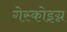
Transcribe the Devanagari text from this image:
गेस्कोइग्न